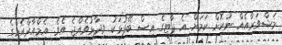
މަޝްވަރާއެއް ނުކޮށް ކަމަށް އެ ޕާޓީގެ އިސް ބޭފުޅަކު ވިދާޅުވެއްޖެ އެވެ. އެމްއާރްއެމްގެ